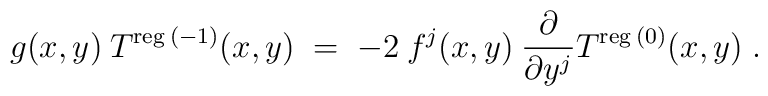
g(x,y) \:T^{\mbox{\scriptsize{reg}}\:(-1)}(x,y) \;=\;    -2 \:f^j(x,y) \:\frac{\partial}{\partial y^j}     T^{\mbox{\scriptsize{reg}}\:(0)}(x,y) \;.